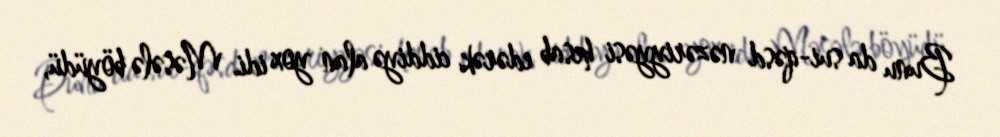
Bunu da sui-qəsd nəzəriyyəsi hesab edərək ciddiyə alan yox idi. Məsələ böyüdü,